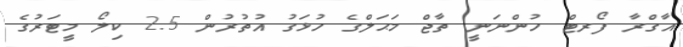
އާގްރާ ފޯރޓް ހުންނަނީ ތާޖް މަޙަލްގެ ހުޅަގު އުތުރުން 2.5 ކިލޯ މީޓަރުގެ